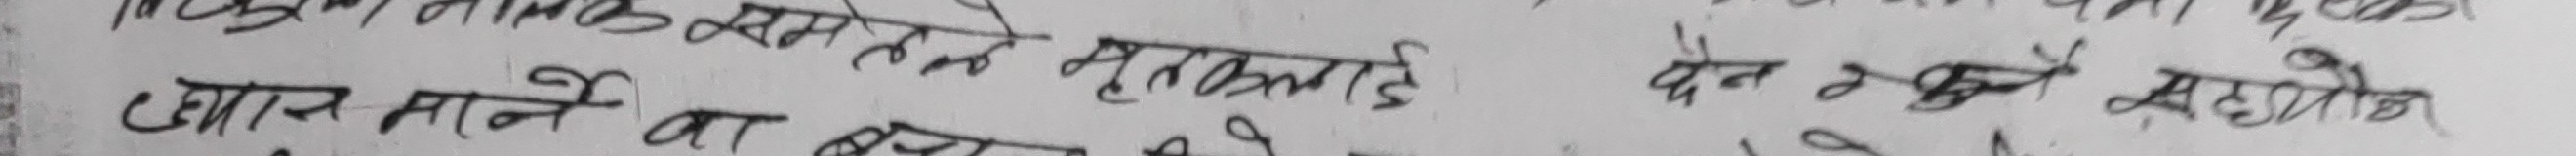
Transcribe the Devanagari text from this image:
• आज माने वास्तलाई, देन सक्ने सहयोग